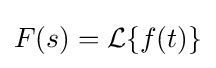
F(s)={\mathcal {L}}\{f(t)\}